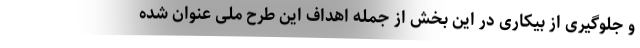
و جلوگیری از بیکاری در این بخش از جمله اهداف این طرح ملی عنوان شده